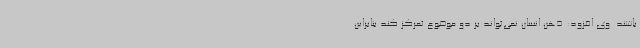
باشند. وی افزود: ذهن انسان نمی‌تواند بر دو موضوع تمرکز کند بنابراین